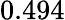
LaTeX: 0.494